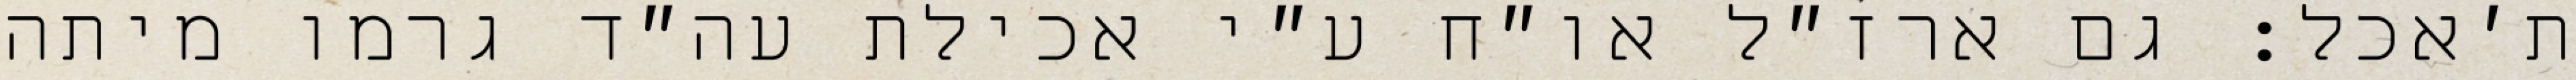
ת׳אכל: גם ארז״ל או״ח ע״י אכילת עה״ד גרמו מיתה